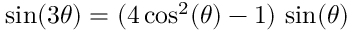
\sin ( 3 \theta ) = ( 4 \cos ^ { 2 } ( \theta ) - 1 ) \, \sin ( \theta )